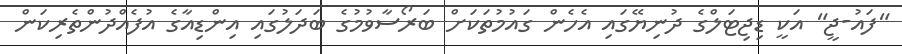
"ފައު-ޖީ" އަކީ ޑިޖިޓަލްގެ ދުނިޔޭގައި އެހެން ގައުމުތަކަށް ބަރޯސާވުމުގެ ބަދަލުގައި އިންޑިއާގެ އުފެއްދުންތެރިކަން